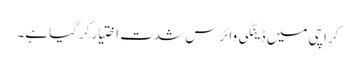
کراچی میں ڈینگی وائرس شدت اختیار کرگیا ہے۔